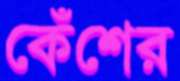
কেঁশের